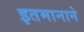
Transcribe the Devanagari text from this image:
इतमानाने